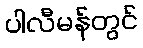
ပါလီမန်တွင်